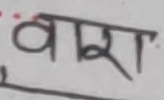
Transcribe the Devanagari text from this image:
वारा